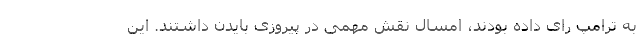
به ترامپ رای داده بودند، امسال نقش مهمی در پیروزی بایدن داشتند. این